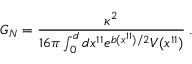
G _ { N } = \frac { \kappa ^ { 2 } } { 1 6 \pi \int _ { 0 } ^ { d } d x ^ { 1 1 } e ^ { b ( x ^ { 1 1 } ) / 2 } V ( x ^ { 1 1 } ) } \; .